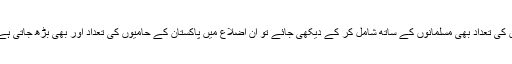
ان کی تعداد بھی مسلمانوں کے ساتھ شامل کر کے دیکھی جائے تو ان اضلاع میں پاکستان کے حامیوں کی تعداد اور بھی بڑھ جاتی ہے۔